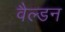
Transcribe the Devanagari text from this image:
वैल्डन